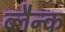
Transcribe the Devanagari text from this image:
ब्लैन्क